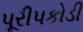
પૂરીપકોડી